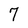
Character: 7